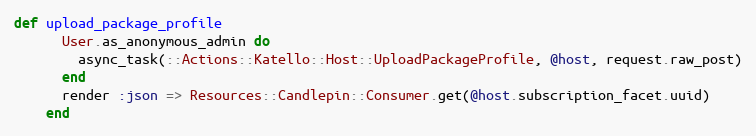
Language: Ruby
def upload_package_profile
      User.as_anonymous_admin do
        async_task(::Actions::Katello::Host::UploadPackageProfile, @host, request.raw_post)
      end
      render :json => Resources::Candlepin::Consumer.get(@host.subscription_facet.uuid)
    end